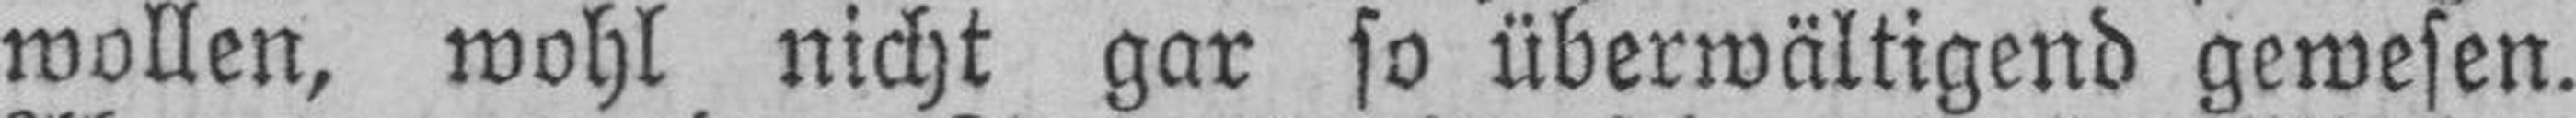
wollen, wohl nicht gar so überwältigend gewesen.